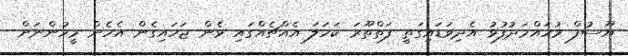
ޔޫސުފް މުހައްމަދުފުޅު އެދިވަޑައިގަތީ ފަތްތޫރަ ކަހަލަ އެއްޗެއްގައި ޅެން ޖަހައިގެން އެހެން މީހުންނަށް